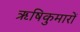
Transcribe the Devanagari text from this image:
ऋषिकुमारों